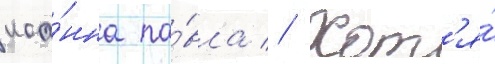
иоа́нна па́вла // Хот'я́